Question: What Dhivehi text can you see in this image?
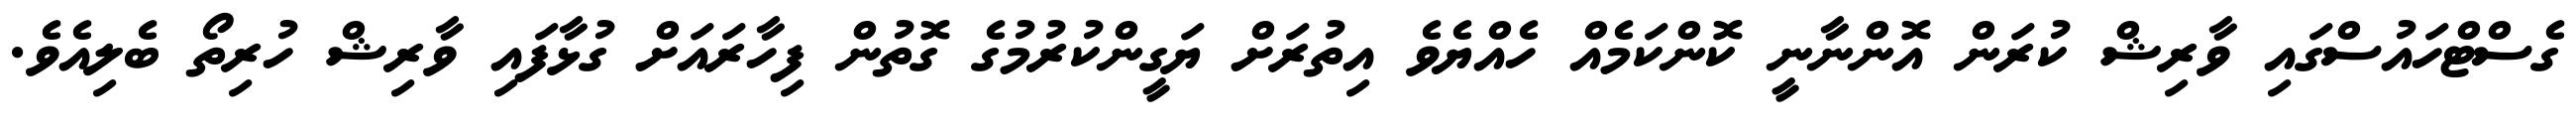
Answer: ގެސްޓްހައުސްގައި ވާރިޝް ކުރަން އޮންނާނީ ކޮންކަމެއް ހެއްޔެވެ އިތުރަށް ޔަގީންކުރުމުގެ ގޮތުން ފިހާރައަށް ގުޅާފައި ވާރިޝް ހުރިތޯ ބެލިއެވެ.